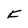
Character: K